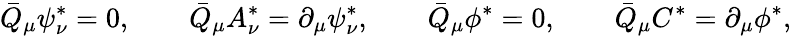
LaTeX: \bar{Q}_{\mu}\psi_{\nu}^{*}=0,\qquad\bar{Q}_{\mu}A_{\nu}^{*}=\partial_{\mu}\psi_{\nu}^{*},\qquad\bar{Q}_{\mu}\phi^{*}=0,\qquad\bar{Q}_{\mu}C^{*}=\partial_{\mu}\phi^{*},